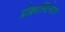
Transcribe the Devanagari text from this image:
प्रोक्रास्टिनेटस